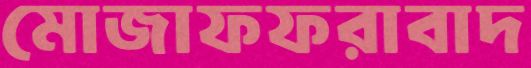
মোজাফফরাবাদ